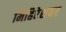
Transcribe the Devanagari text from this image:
मिहिरेशवर